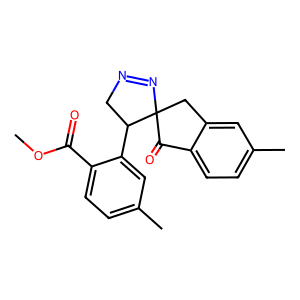
SMILES: COC(=O)c1ccc(C)cc1C1CN=NC12Cc1cc(C)ccc1C2=O
Inhibits HIV replication: No